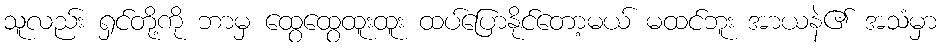
သူလည်း ရှင်တို့ကို ဘာမှ ထွေထွေထူးထူး ထပ်ပြောနိုင်တော့မယ် မထင်ဘူး အာယနဲ၏ အသံမှာ